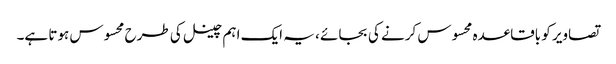
تصاویر کو باقاعدہ محسوس کرنے کی بجائے ، یہ ایک اہم چینل کی طرح محسوس ہوتا ہے۔